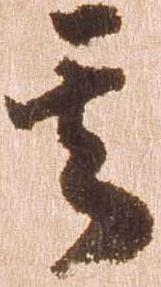
其